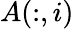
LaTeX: A(:,i)